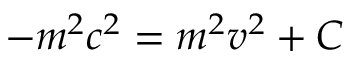
- m ^ { 2 } c ^ { 2 } = m ^ { 2 } v ^ { 2 } + C